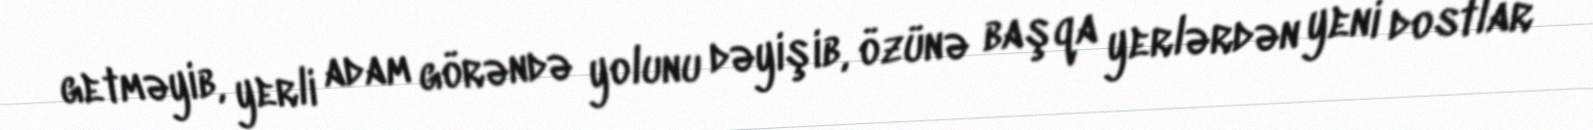
getməyib, yerli adam görəndə yolunu dəyişib, özünə başqa yerlərdən yeni dostlar